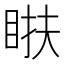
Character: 𥆭